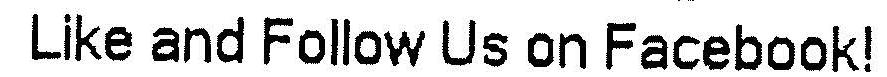
LIKE AND FOLLOW US ON FACEBOOK!